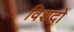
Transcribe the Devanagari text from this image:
विशदों